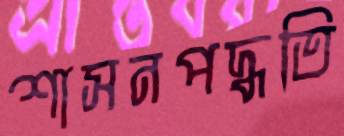
শাসনপদ্ধতি